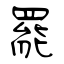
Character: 罷